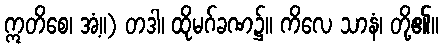
ဣတိစေ၊ အံ့။) တဒါ၊ ထိုမဂ်ခဏ၌။ ကိလေ သာနံ၊ တို့၏။